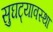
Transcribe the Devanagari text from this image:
सुघट्यावस्था